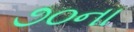
૭૦ના